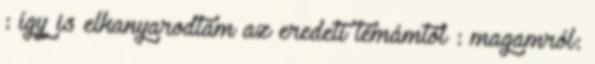
: így is elkanyarodtam az eredeti témámtól : magamról: